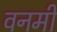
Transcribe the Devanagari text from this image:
वनमीं